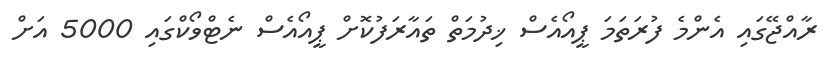
ރާއްޖޭގައި އެންމެ ފުރަތަމަ ޕީއޯއެސް ޚިދުމަތް ތައާރަފުކޮށް ޕީއޯއެސް ނެޓްވޯކްގައި 5000 އަށް